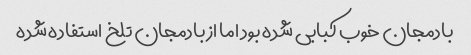
بادمجان خوب کبابی شده بود اما از بادمجان تلخ استفاده شده